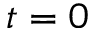
t = 0